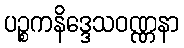
ပဉ္စကနိဒ္ဒေသဝဏ္ဏနာ